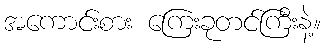
အကောင်းစား ကြေးခုတင်ကြီးနဲ့။